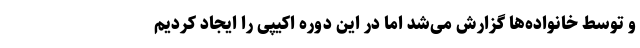
و توسط خانواده‌ها گزارش می‌شد اما در این دوره اکیپی را ایجاد کردیم